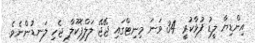
އިންޑިޔާ ލީޑު ފުޅާކުރީ 34 ވަނަ މިނިޓްގައި ޖޭޖޭ ލަލްޕެކޫލާ ޖެހި ލަނޑުންނެވެ.